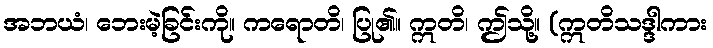
အဘယံ၊ ဘေးမဲ့ခြင်းကို။ ကရောတိ၊ ပြု၏။ ဣတိ၊ ဤသို့။ (ဣတိသဒ္ဒါကား